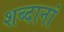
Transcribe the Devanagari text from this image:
शब्दानां